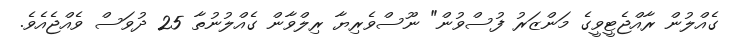
ގެއްލުން ރާއްޖެޓީވީގެ މަންޒަރު ފުސްވުން" ނޫސްވެރިޔާ ރިލްވާން ގެއްލުނުތާ 25 ދުވަސް ވެއްޖެއެވެ.